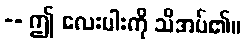
-- ဤ လေးပါးကို သိအပ်၏။